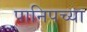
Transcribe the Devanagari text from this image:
पानिपच्या